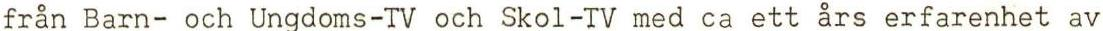
från Barn- och Ungdoms-TV och Skol-TV med ca ett års erfarenhet av